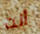
أنت